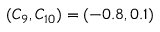
( C _ { 9 } , C _ { 1 0 } ) = ( - 0 . 8 , 0 . 1 )